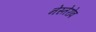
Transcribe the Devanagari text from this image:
नेस्तेरोव